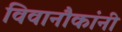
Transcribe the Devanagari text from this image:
विवानौकांनी